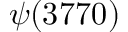
\psi ( 3 7 7 0 )